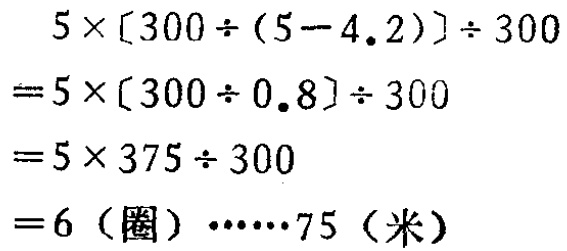
\[

\begin{align*}

&5\times[300\div(5 - 4.2)]\div300\\

=&5\times[300\div0.8]\div300\\

=&5\times375\div300\\

=&6\ (\text{圈})\cdots\cdots75\ (\text{米})

\end{align*}

\]